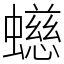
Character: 䗹